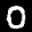
Label: 0